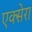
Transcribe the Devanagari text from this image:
एक्सेरा